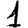
Digit: 1